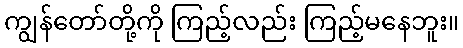
ကျွန်တော်တို့ကို ကြည့်လည်း ကြည့်မနေဘူး။